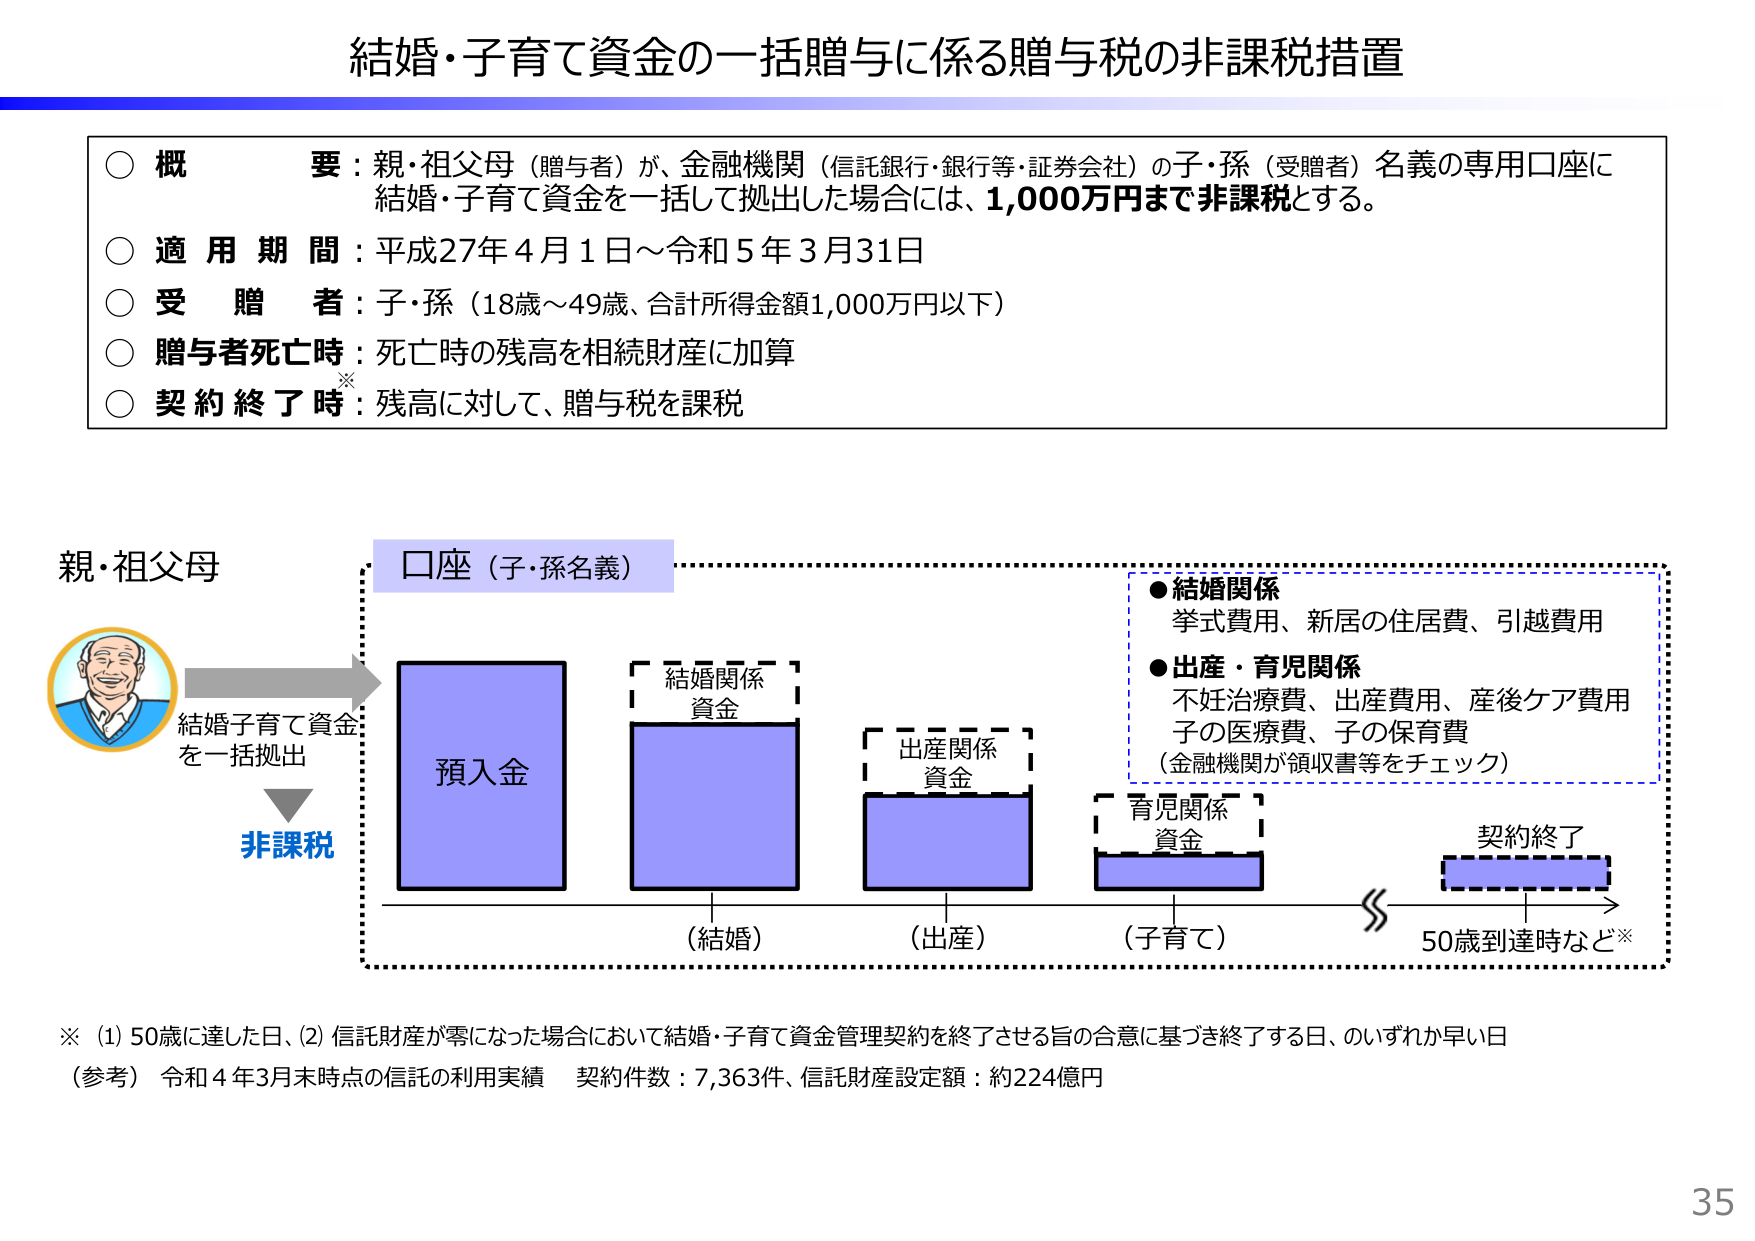
結婚・子育て資金の一括贈与に係る贈与税の非課税措置

○ 概要：親・祖父母（贈与者）が、金融機関（信託銀行・銀行等・証券会社）の子・孫（受贈者）名義の専用口座に結婚・子育て資金を一括して拠出した場合には、1,000万円まで非課税とする。

○ 適用期間：平成27年4月1日～令和5年3月31日

○ 受贈者：子・孫（18歳～49歳、合計所得金額1,000万円以下）

○ 贈与者死亡時：死亡時の残高を相続財産に加算

○ 契約終了時※：残高に対して、贈与税を課税

親・祖父母
結婚子育て資金
を一括拠出
非課税

口座（子・孫名義）

預入金

結婚関係
資金
（結婚）

出産関係
資金
（出産）

育児関係
資金
（子育て）

● 結婚関係
挙式費用、新居の住居費、引越費用

● 出産・育児関係
不妊治療費、出産費用、産後ケア費用
子の医療費、子の保育費
（金融機関が領収書等をチェック）

契約終了
50歳到達時など※

※ (1) 50歳に達した日、(2) 信託財産が零になった場合において結婚・子育て資金管理契約を終了させる旨の合意に基づき終了する日、のいずれか早い日

（参考）令和4年3月末時点の信託の利用実績　契約件数：7,363件、信託財産設定額：約224億円

35